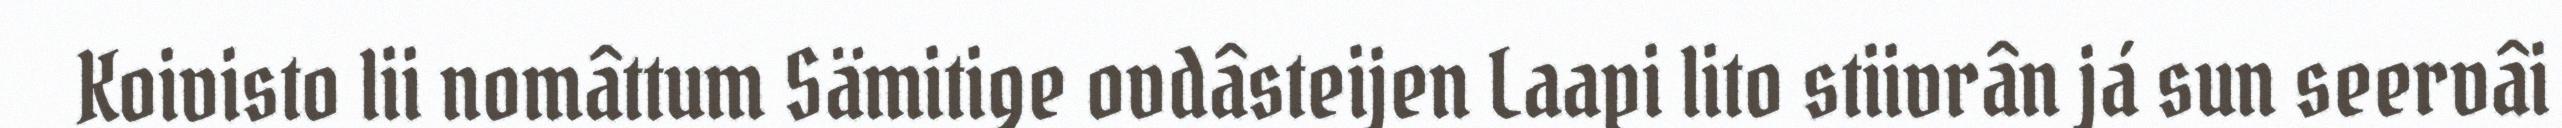
Koivisto lii nomâttum Sämitige ovdâsteijen Laapi lito stiivrân já sun seervâi